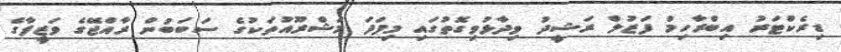
ޑިރެކްޓަރު އިބްރާހިމް ފަޒުލް ރަޝީދު ވިދާޅުވިގޮތުގައި މިފަދަ މަޝްރޫއުތަކުގެ ސަބަބުން ރާއްޖޭގެ ވަޒީފާގެ